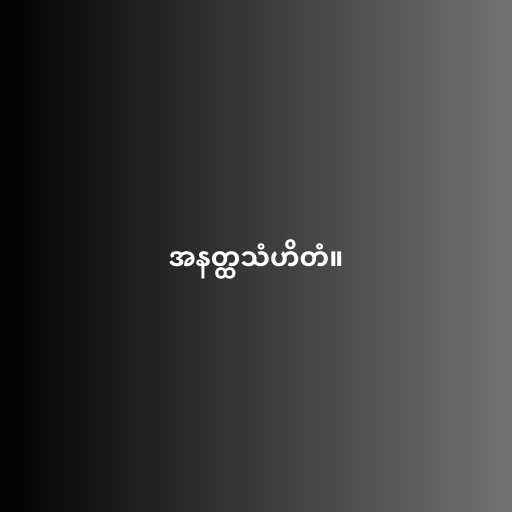
အနတ္ထသံဟိတံ။